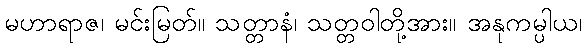
မဟာရာဇ၊ မင်းမြတ်။ သတ္တာနံ၊ သတ္တဝါတို့အား။ အနုကမ္ပါယ၊